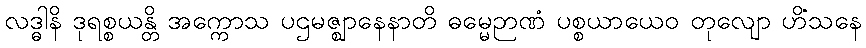
လဒ္ဓါနိ ဒုရစ္စယန္တိ အက္ကောသ ပဌမဇ္ဈာနေနာတိ ဓမ္မေဉာဏံ ပစ္စယာယေဝ တုလျော ဟိံသနေ